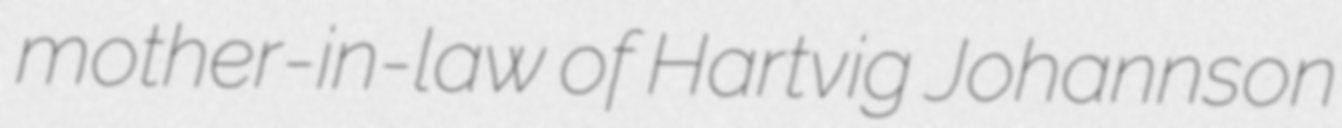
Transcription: mother-in-law of Hartvig Johannson